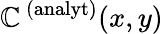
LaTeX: \mathbb{C}^{\, (\mathrm{{analyt}})}(x,y)